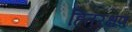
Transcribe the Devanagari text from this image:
हितरक्षण